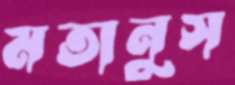
মতানুস